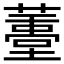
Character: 𱾭